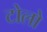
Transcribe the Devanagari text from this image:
टोलो